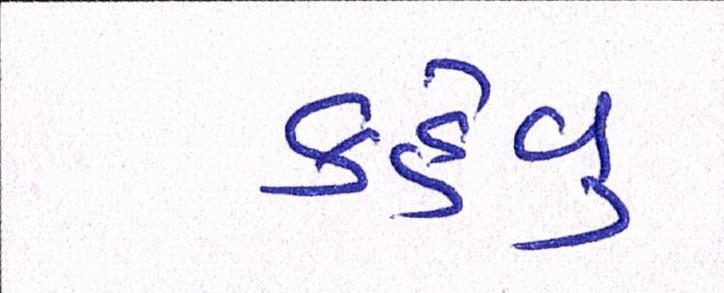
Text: કહેવુ